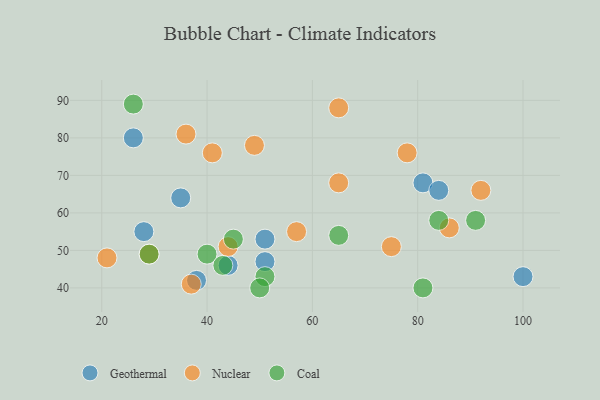
{"axis": {"x": "GDP", "y": "Life Expectancy"}, "legend": ["Coal", "Geothermal", "Nuclear"], "data": [{"x": "100", "y": 43, "type": "Geothermal"}, {"x": "38", "y": 42, "type": "Geothermal"}, {"x": "44", "y": 46, "type": "Geothermal"}, {"x": "35", "y": 64, "type": "Geothermal"}, {"x": "51", "y": 47, "type": "Geothermal"}, {"x": "81", "y": 68, "type": "Geothermal"}, {"x": "51", "y": 53, "type": "Geothermal"}, {"x": "28", "y": 55, "type": "Geothermal"}, {"x": "26", "y": 80, "type": "Geothermal"}, {"x": "84", "y": 66, "type": "Geothermal"}, {"x": "57", "y": 55, "type": "Nuclear"}, {"x": "86", "y": 56, "type": "Nuclear"}, {"x": "41", "y": 76, "type": "Nuclear"}, {"x": "21", "y": 48, "type": "Nuclear"}, {"x": "37", "y": 41, "type": "Nuclear"}, {"x": "49", "y": 78, "type": "Nuclear"}, {"x": "65", "y": 88, "type": "Nuclear"}, {"x": "75", "y": 51, "type": "Nuclear"}, {"x": "29", "y": 49, "type": "Nuclear"}, {"x": "65", "y": 68, "type": "Nuclear"}, {"x": "92", "y": 66, "type": "Nuclear"}, {"x": "44", "y": 51, "type": "Nuclear"}, {"x": "36", "y": 81, "type": "Nuclear"}, {"x": "78", "y": 76, "type": "Nuclear"}, {"x": "51", "y": 43, "type": "Coal"}, {"x": "40", "y": 49, "type": "Coal"}, {"x": "84", "y": 58, "type": "Coal"}, {"x": "29", "y": 49, "type": "Coal"}, {"x": "91", "y": 58, "type": "Coal"}, {"x": "50", "y": 40, "type": "Coal"}, {"x": "45", "y": 53, "type": "Coal"}, {"x": "26", "y": 89, "type": "Coal"}, {"x": "65", "y": 54, "type": "Coal"}, {"x": "43", "y": 46, "type": "Coal"}, {"x": "81", "y": 40, "type": "Coal"}]}